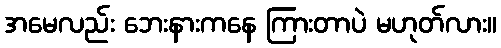
အမေလည်း ဘေးနားကနေ ကြားတာပဲ မဟုတ်လား။